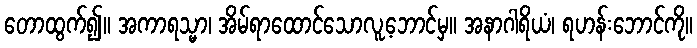
တောထွက်၍။ အကာရသ္မာ၊ အိမ်ရာထောင်သောလူ့ဘောင်မှ။ အနာဂါရိယံ၊ ရဟန်းဘောင်ကို။